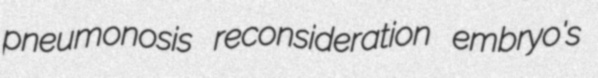
pneumonosis reconsideration embryo's